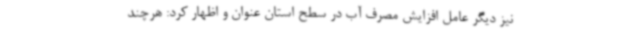
نیز دیگر عامل افزایش مصرف آب در سطح استان عنوان و اظهار کرد: هرچند